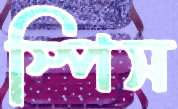
স্পিস